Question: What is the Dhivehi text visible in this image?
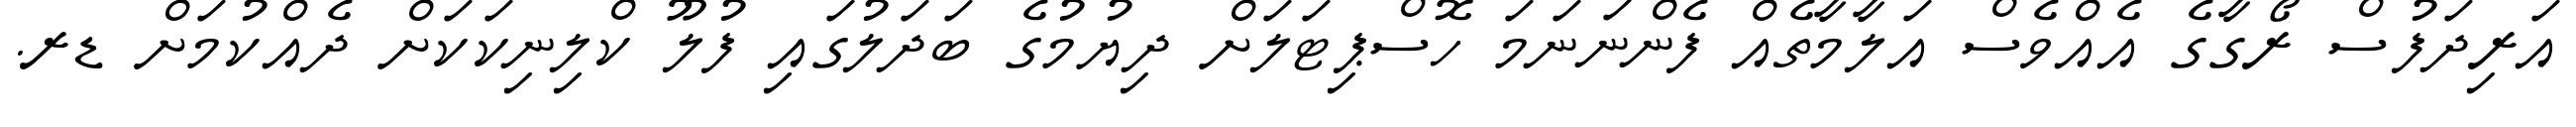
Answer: އަރިދަފުސް ރޯގާގެ އެއްވެސް އަލާމާތެއް ފެންނަނަމަ ހޮސްޕިޓަލަށް ދިޔުމުގެ ބަދަލުގައި ފުލޫ ކްލިނިކަކަށް ދެއްކުމަށް ޑރ.